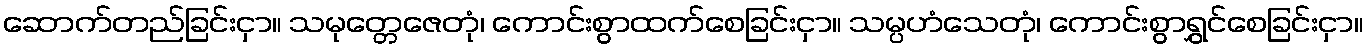
ဆောက်တည်ခြင်းငှာ။ သမုတ္တေဇေတုံ၊ ကောင်းစွာထက်စေခြင်းငှာ။ သမ္ပဟံသေတုံ၊ ကောင်းစွာရွှင်စေခြင်းငှာ။